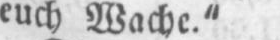
euch Wache.”